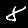
Digit: 8